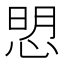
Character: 𢜏